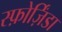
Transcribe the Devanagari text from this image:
स्फ़ोर्ज़िंडा